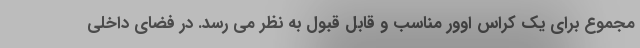
مجموع برای یک کراس اوور مناسب و قابل قبول به نظر می رسد. در فضای داخلی